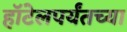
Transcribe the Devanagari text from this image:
हॉटेलपर्यंतच्या